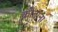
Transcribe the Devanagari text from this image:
कोताना